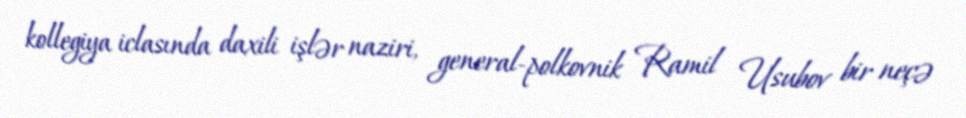
kollegiya iclasında daxili işlər naziri, general-polkovnik Ramil Usubov bir neçə